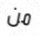
من